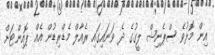
އިން މޮޅުވެ ސްޕެނިޝް ލީގުގެ ދެ ވަނައިގައި ރެއާލް މެޑްރިޑުން އެއް ޕޮއިންޓަށް